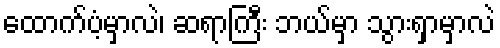
ထောက်ပံ့မှာလဲ၊ ဆရာကြီး ဘယ်မှာ သွားရှာမှာလဲ